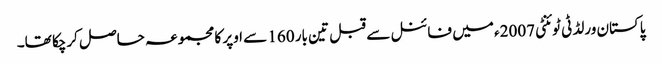
پاکستان ورلڈ ٹی ٹوئنٹی 2007ء میں فائنل سے قبل تین بار 160 سے اوپر کا مجموعہ حاصل کرچکا تھا۔